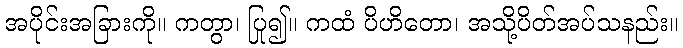
အပိုင်းအခြားကို။ ကတွာ၊ ပြု၍။ ကထံ ပိဟိတော၊ အသို့ပိတ်အပ်သနည်း။